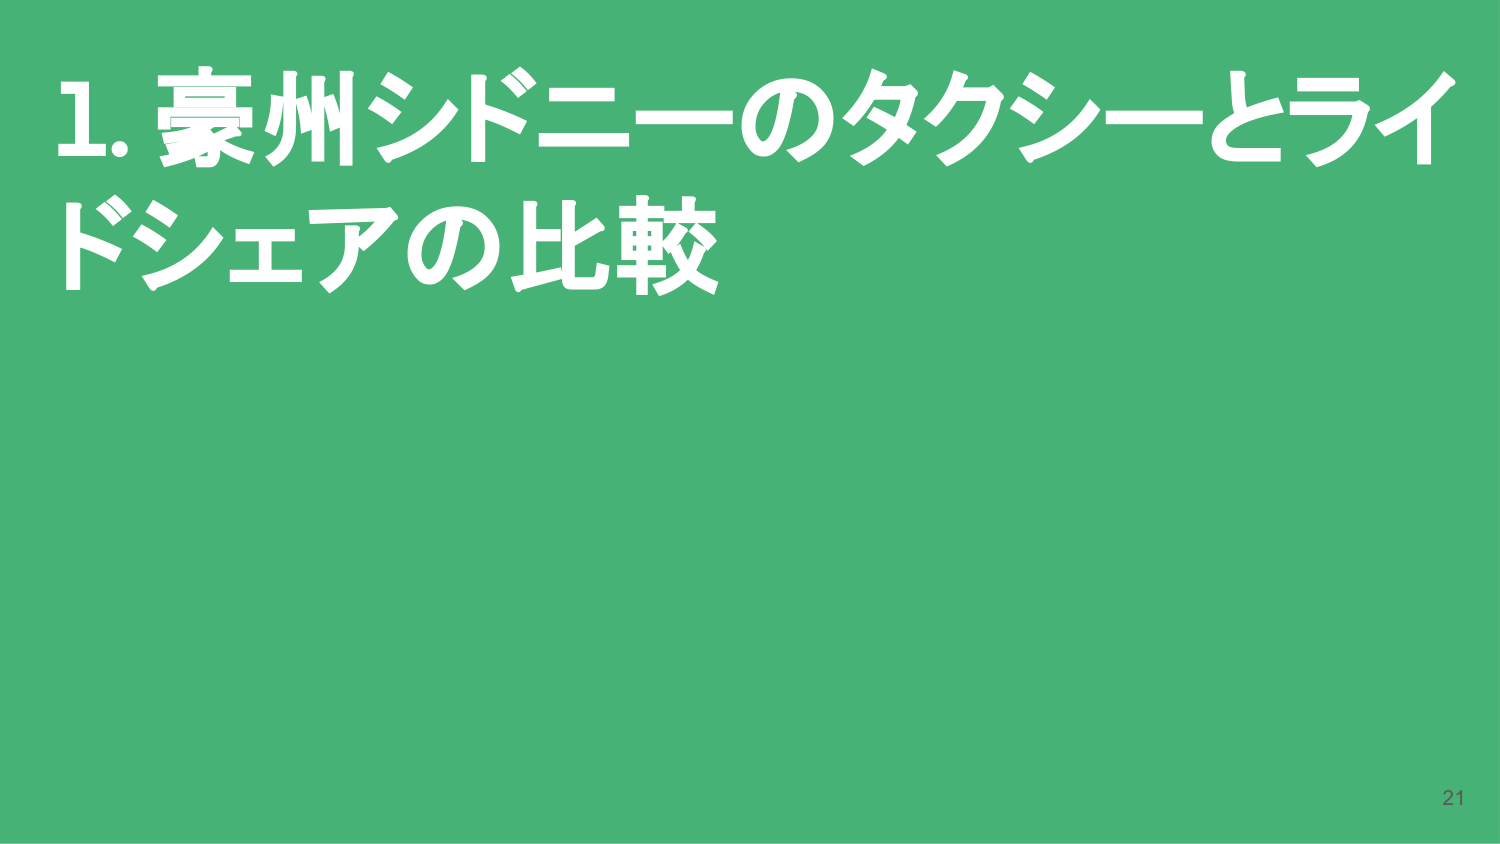
1. 豪州シドニーのタクシーとライ
ドシェアの比較
21